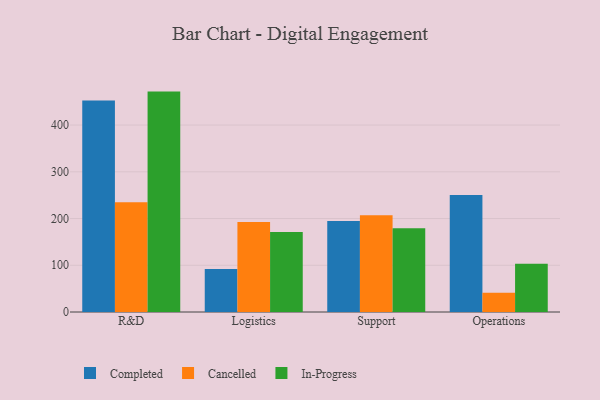
{"axis": {"x": "Department", "y": "Shipments"}, "legend": ["Cancelled", "Completed", "In-Progress"], "data": [{"x": "R&D", "y": 452.7, "type": "Completed"}, {"x": "R&D", "y": 234.7, "type": "Cancelled"}, {"x": "R&D", "y": 471.6, "type": "In-Progress"}, {"x": "Logistics", "y": 91.9, "type": "Completed"}, {"x": "Logistics", "y": 192.5, "type": "Cancelled"}, {"x": "Logistics", "y": 171.1, "type": "In-Progress"}, {"x": "Support", "y": 194.7, "type": "Completed"}, {"x": "Support", "y": 207.1, "type": "Cancelled"}, {"x": "Support", "y": 179.2, "type": "In-Progress"}, {"x": "Operations", "y": 250.4, "type": "Completed"}, {"x": "Operations", "y": 41.0, "type": "Cancelled"}, {"x": "Operations", "y": 103.1, "type": "In-Progress"}]}